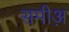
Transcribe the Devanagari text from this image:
समीअ़